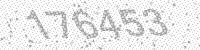
Solution: 176453